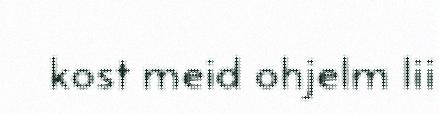
kost meid ohjelm lii